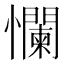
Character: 㦨